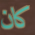
كان